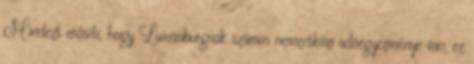
Mindezt erősíti, hogy Luxemburgnak számos nemzetközi adóegyezménye van, ez